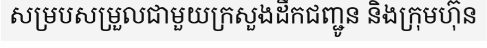
សម្របសម្រួលជាមួយក្រសួងដឹកជញ្ជូន និងក្រុមហ៊ុន